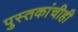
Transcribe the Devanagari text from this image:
पुस्तकांचीही